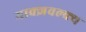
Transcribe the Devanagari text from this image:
याक्ज्ञवल्क्य